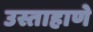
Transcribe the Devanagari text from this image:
उस्ताहाणे